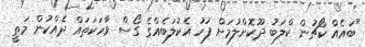
"ބައެއް ކޯޗުން ކްލަބު ދޫކޮށްލުމަށް ފަހު އެކުލަބެއްގެ ގޯސް ވާހަކަތައް ދެއްކުން މަތީ